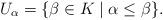
LaTeX: \begin{align*} U_\alpha=\{\beta\in K\mid\alpha\le\beta\}. \end{align*}